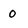
Character: O